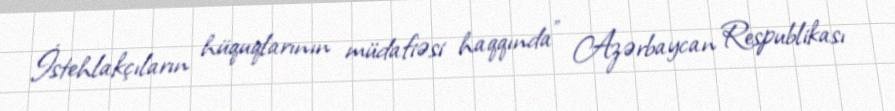
İstehlakçıların hüquqlarının müdafiəsi haqqında" Azərbaycan Respublikası